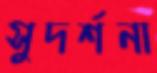
সুদর্শনা